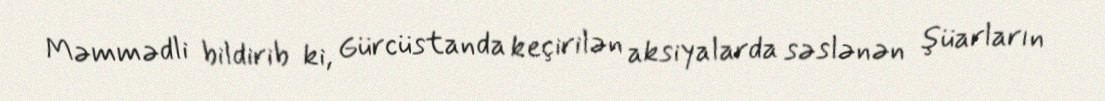
Məmmədli bildirib ki, Gürcüstanda keçirilən aksiyalarda səslənən şüarların